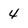
Character: 4